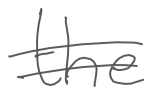
Text: the
Cross-out: double-line
Writing tool: digital_gray